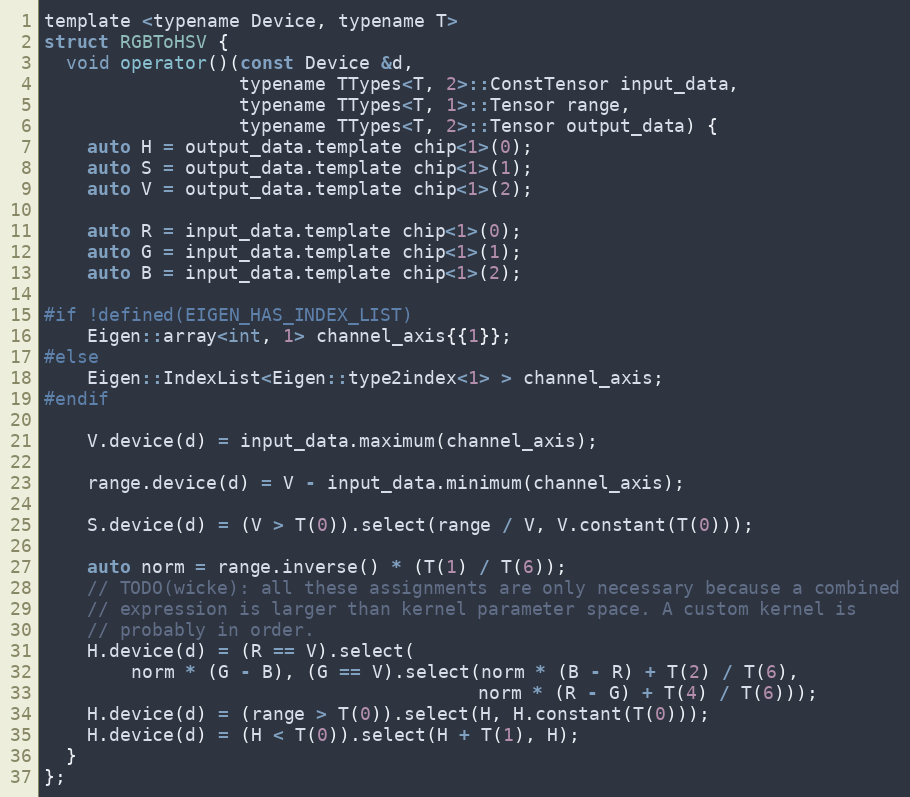
Language: C
template <typename Device, typename T>
struct RGBToHSV {
  void operator()(const Device &d,
                  typename TTypes<T, 2>::ConstTensor input_data,
                  typename TTypes<T, 1>::Tensor range,
                  typename TTypes<T, 2>::Tensor output_data) {
    auto H = output_data.template chip<1>(0);
    auto S = output_data.template chip<1>(1);
    auto V = output_data.template chip<1>(2);

    auto R = input_data.template chip<1>(0);
    auto G = input_data.template chip<1>(1);
    auto B = input_data.template chip<1>(2);

#if !defined(EIGEN_HAS_INDEX_LIST)
    Eigen::array<int, 1> channel_axis{{1}};
#else
    Eigen::IndexList<Eigen::type2index<1> > channel_axis;
#endif

    V.device(d) = input_data.maximum(channel_axis);

    range.device(d) = V - input_data.minimum(channel_axis);

    S.device(d) = (V > T(0)).select(range / V, V.constant(T(0)));

    auto norm = range.inverse() * (T(1) / T(6));
    // TODO(wicke): all these assignments are only necessary because a combined
    // expression is larger than kernel parameter space. A custom kernel is
    // probably in order.
    H.device(d) = (R == V).select(
        norm * (G - B), (G == V).select(norm * (B - R) + T(2) / T(6),
                                        norm * (R - G) + T(4) / T(6)));
    H.device(d) = (range > T(0)).select(H, H.constant(T(0)));
    H.device(d) = (H < T(0)).select(H + T(1), H);
  }
};